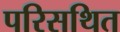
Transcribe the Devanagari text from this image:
परिसथित